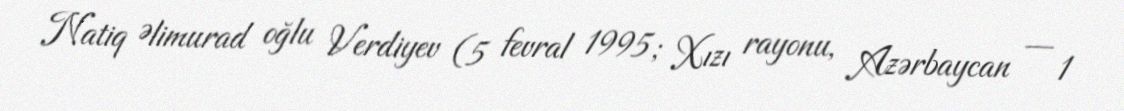
Natiq Əlimurad oğlu Verdiyev (5 fevral 1995; Xızı rayonu, Azərbaycan — 1